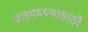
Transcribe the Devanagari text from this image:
उलथवण्यासाठी